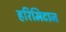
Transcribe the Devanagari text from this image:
हरिमिटाज